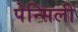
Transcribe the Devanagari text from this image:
पेन्सिली